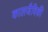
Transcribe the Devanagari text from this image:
कालजैविकी